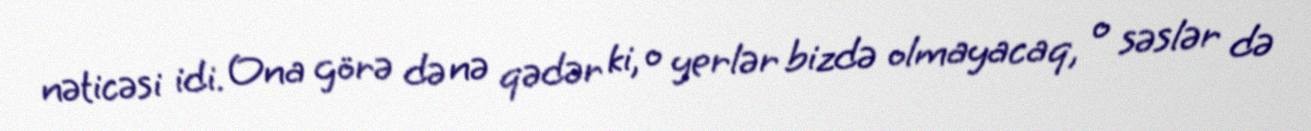
nəticəsi idi. Ona görə də nə qədər ki, o yerlər bizdə olmayacaq, o səslər də